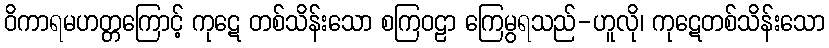
ဝိကာရမဟတ္တကြောင့် ကုဋေ တစ်သိန်းသော စကြဝဠာ ကြေမွရသည်-ဟူလို၊ ကုဋေတစ်သိန်းသော